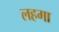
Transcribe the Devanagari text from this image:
लहगा